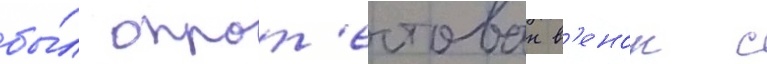
бы́л опрот'естован в'енок с